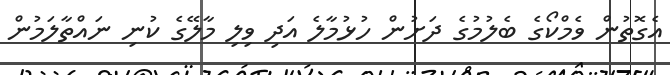
އެގޮތުން ވެމްކޯގެ ބެލުމުގެ ދަށުން ހުޅުމާލެ އަދި ވިލި މާލޭގެ ކުނި ނައްތާލަމުުން